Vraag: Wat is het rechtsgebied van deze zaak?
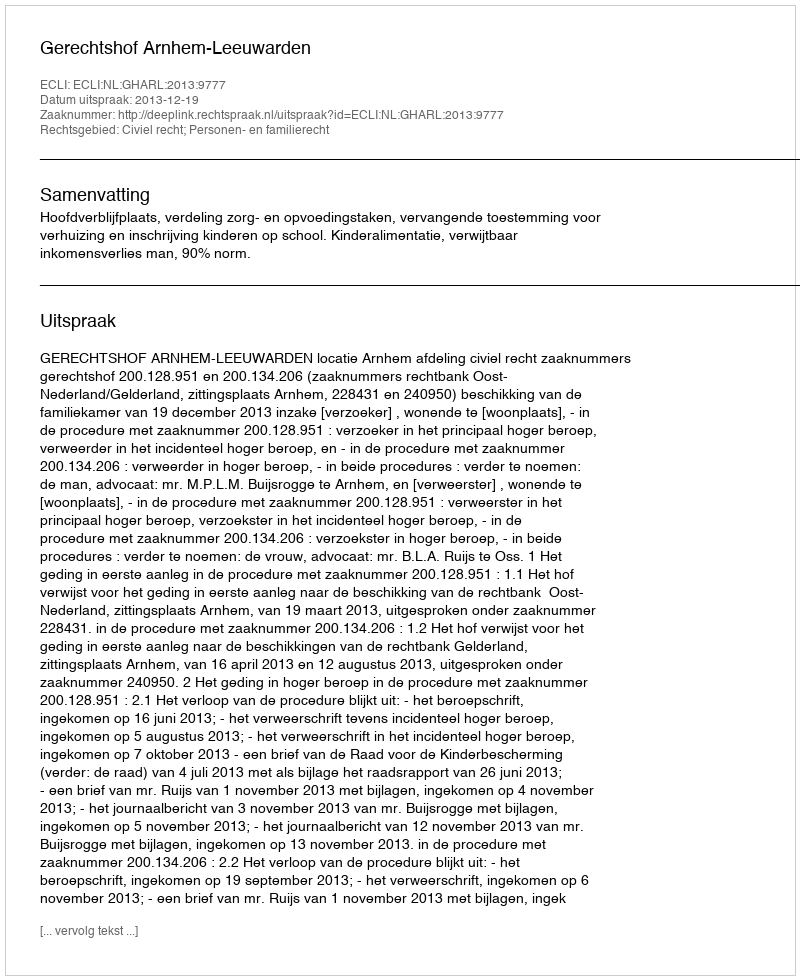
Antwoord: Civiel recht; Personen- en familierecht